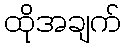
ထိုအချက်